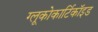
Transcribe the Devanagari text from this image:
ग्लूकोकार्टिकॉइड